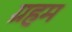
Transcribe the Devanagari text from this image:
ग्रहम